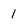
Character: 1